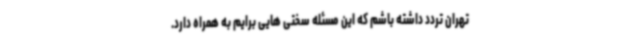
تهران تردد داشته باشم که این مسئله سختی هایی برایم به همراه دارد.